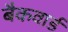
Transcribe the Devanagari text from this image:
बैकवार्ड